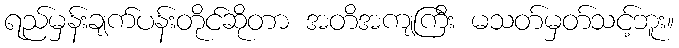
ရည်မှန်းချက်ပန်းတိုင်ဆိုတာ အတိအကျကြီး မသတ်မှတ်သင့်ဘူး။